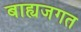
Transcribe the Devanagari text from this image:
बाह्यजगत